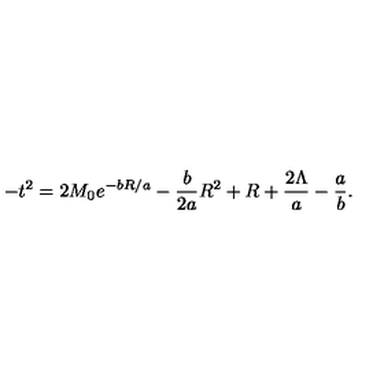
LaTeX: - t ^ { 2 } = 2 M _ { 0 } e ^ { - b R / a } - { \frac { b } { 2 a } } R ^ { 2 } + R + { \frac { 2 \Lambda } { a } } - { \frac { a } { b } } .